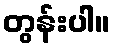
တွန်းပါ။